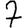
Digit: 7